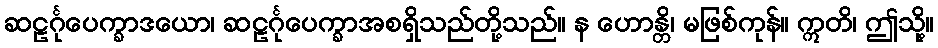
ဆဠင်္ဂုပေက္ခာဒယော၊ ဆဠင်္ဂုပေက္ခာအစရှိသည်တို့သည်။ န ဟောန္တိ၊ မဖြစ်ကုန်။ ဣတိ၊ ဤသို့။